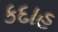
કદાહ